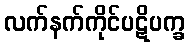
လက်နက်ကိုင်ပဋိပက္ခ